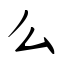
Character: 么